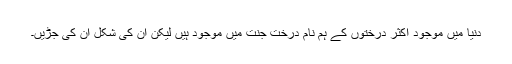
دنیا میں موجود اکثر درختوں کے ہم نام درخت جنت میں موجود ہیں لیکن ان کی شکل ان کی جڑیں۔